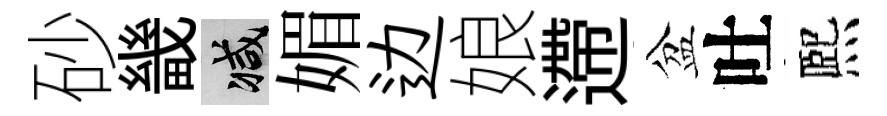
砂畿减媚边娘遰盆吐熈